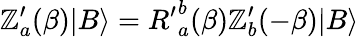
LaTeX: \mathbb{Z}_{a}^{\prime}(\beta)|B\rangle={R^{\prime}}_{a}^{b}(\beta)\mathbb{Z}_{b}^{\prime}(-\beta)|B\rangle